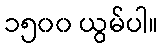
၁၅၀၀ ယွမ်ပါ။